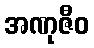
အဏုဇီဝ